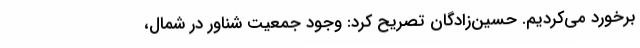
برخورد می‌کردیم. حسین‌زادگان تصریح کرد: وجود جمعیت شناور در شمال،